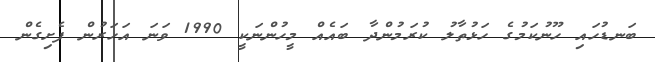
ބަނޑުހައި ހޫނުކަމުގެ ހަޅުތާލު ކުރަމުންދާ ބައެއް މީހުންނަކީ 1990 ވަނަ އަހަރުން ފެށިގެން